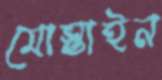
মোস্তাইন